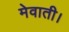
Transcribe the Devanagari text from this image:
मेवाती।